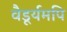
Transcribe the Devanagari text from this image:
वैडूर्यमपि